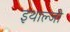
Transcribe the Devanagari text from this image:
इथाल्जी